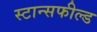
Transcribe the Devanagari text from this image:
स्टान्सफील्ड